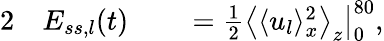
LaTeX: \begin{array}{rlrl}{{2}}&{{}E_{ss,l}(t)}&{}&{{}=\frac{1}{2}\big\langle\langle u_{l}\rangle_{x}^{2}\big\rangle_{z}\big|_{0}^{80},}\end{array}